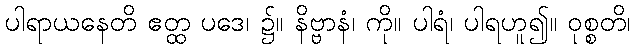
ပါရာယနေတိ ဧတ္ထ ပဒေ၊ ၌။ နိဗ္ဗာနံ၊ ကို။ ပါရံ၊ ပါရဟူ၍။ ဝုစ္စတိ၊